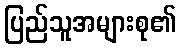
ပြည်သူအများစု၏